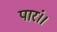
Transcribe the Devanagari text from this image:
पारं।।